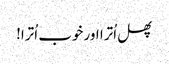
پھل اُترا اور خوب اُترا!